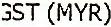
GST (MYR)